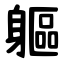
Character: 軀